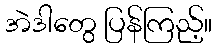
အဲဒါတွေ ပြန်ကြည့်။